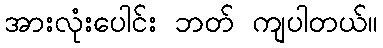
အားလုံးပေါင်း ဘတ် ကျပါတယ်။